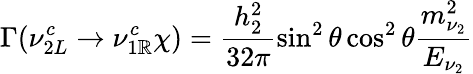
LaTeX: \Gamma(\nu_{2L}^{c}\rightarrow\nu_{1\mathbb{R}}^{c}\chi)=\frac{{h_{2}^{2}}}{{32\pi}}\sin^{2}{\theta}\cos^{2}{\theta}\frac{{m_{\nu_{2}}^{2}}}{{E_{\nu_{2}}}}